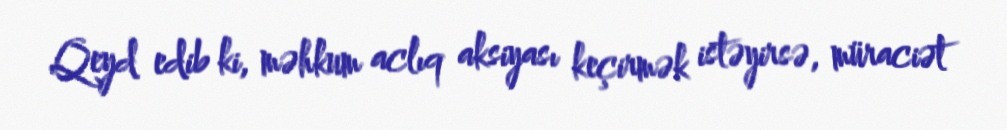
Qeyd edib ki, məhkum aclıq aksiyası keçirmək istəyirsə, müraciət